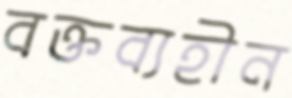
বক্তব্যহীন